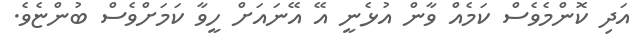
އަދި ކޮންމެވެސް ކަމެއް ވާން އުޅެނީ އޭ އޭނައަށް ހީވާ ކަމަށްވެސް ބުންޏެވެ.